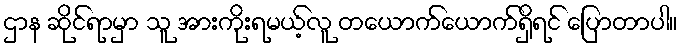
ဌာန ဆိုင်ရာမှာ သူ အားကိုးရမယ့်လူ တယောက်ယောက်ရှိရင် ပြောတာပါ။